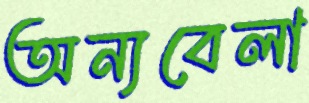
অন্যবেলা